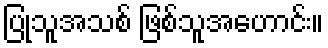
ပြုသူအသစ် ဖြစ်သူအဟောင်း။